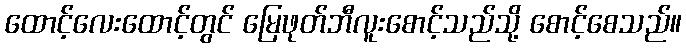
ထောင့်လေးထောင့်တွင် မြေဖုတ်ဘီလူးစောင့်သည်သို့ စောင့်စေသည်။